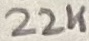
Text: 22K